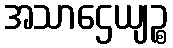
အသာဌေယျဉ္စ